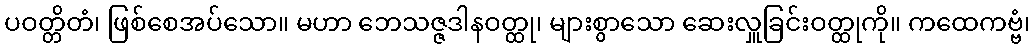
ပဝတ္တိတံ၊ ဖြစ်စေအပ်သော။ မဟာ ဘေသဇ္ဇဒါနဝတ္ထု၊ များစွာသော ဆေးလှူခြင်းဝတ္ထုကို။ ကထေကဗ္ဗံ၊